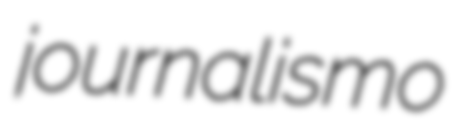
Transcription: journalismo